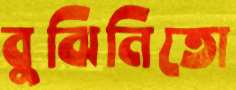
বুঝিনিতো